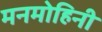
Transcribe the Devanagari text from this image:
मनमोहिनी